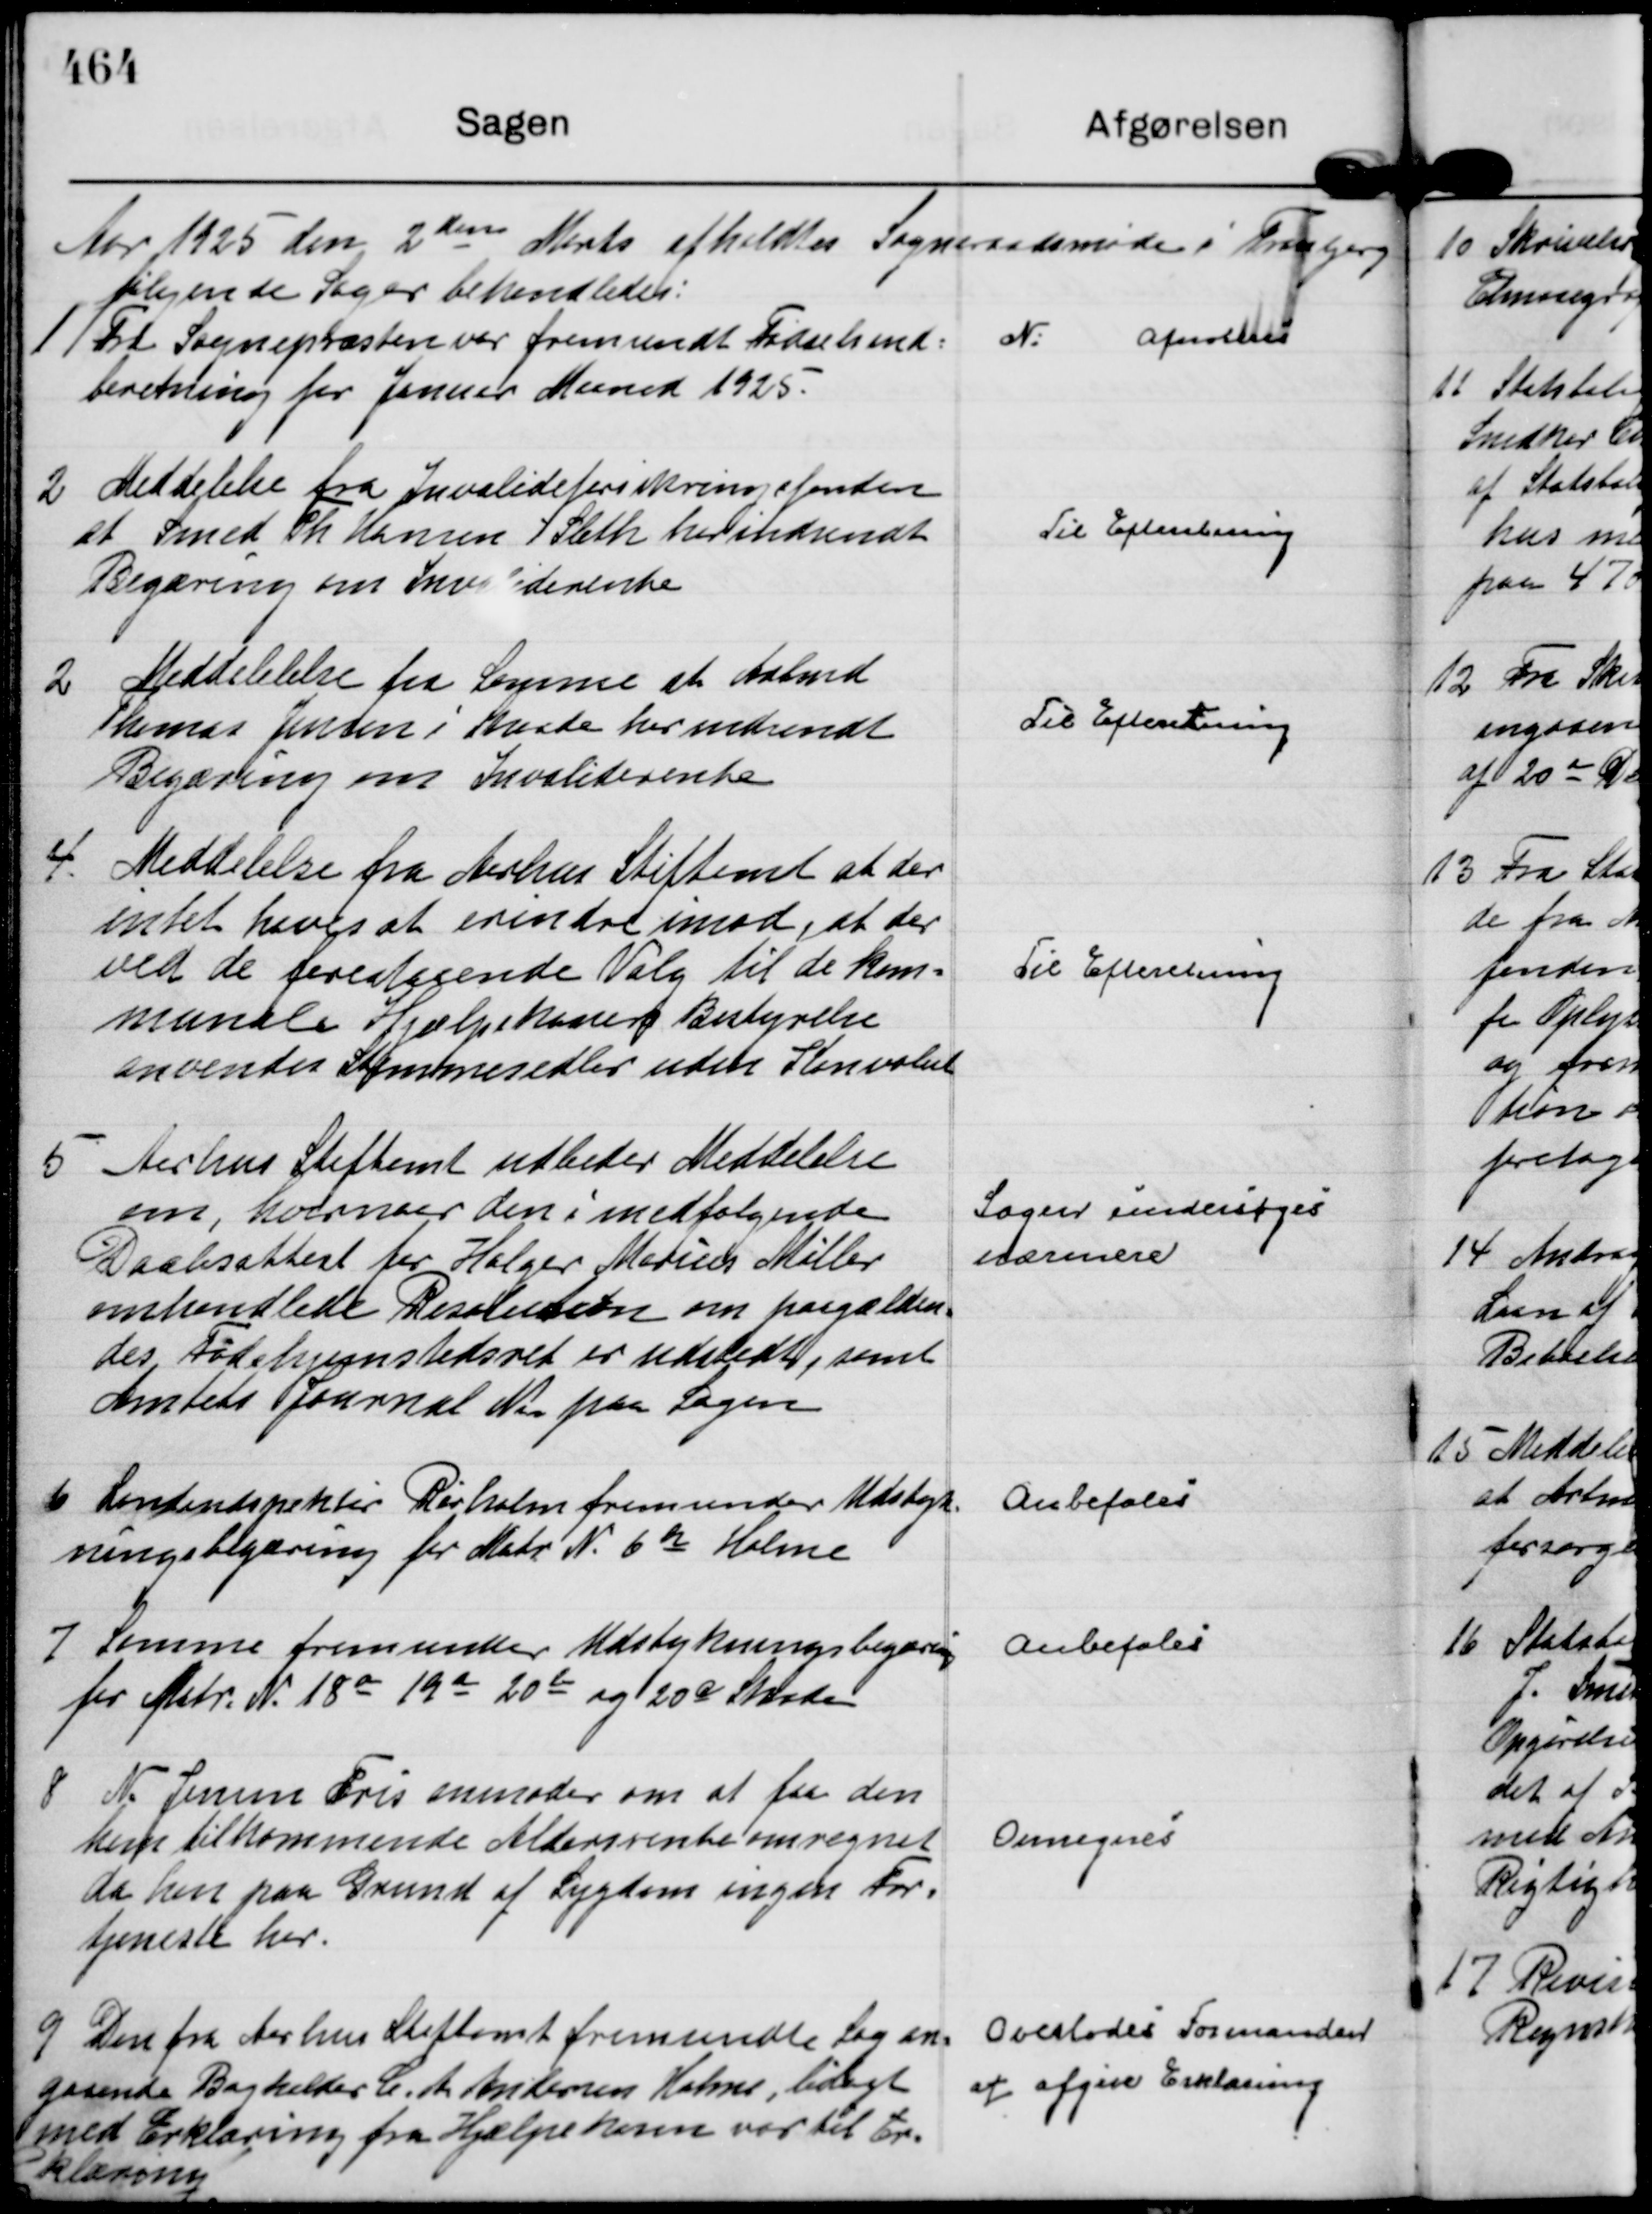
Transskription:
Aar 1925 den 2 den Marts afholdtes Sogneraadsmøde i Tranbjerg
følgende Sager behandledes:

1
Fra Sognepræsten var fremsendt Fødselsind=
beretning for Januar Maaned 1925.

N:
afnoteres

2
Meddelelse fra Invalideforsikringsfonden
at Smed Th Hansen Sleth har indsendt
Begæring om Invaliderente

Til Efteretning

2
Meddelelse fra Samme at Arbmd
Thomas Jensen i Skaade har indsendt
Begæring om Invaliderente

Til Efteretning

4.
Meddelelse fra Aarhus Stiftamt at der
intet haves at erindre imod, at der
ved de forestaaende Valg til de kom=
munale Hjælpekassers Bestyrelse
anvendes Stemmesedler uden Konvolut

Til Efteretning

5
Aarhus Stiftamt udbeder Meddelelse
om, hvornaar den i medfølgende
Daabsattest for Holger Marius Møller
omhandlede Resolution om paagælden=
des Fødehjemstedsret er udstedt, samt
Amtets Journal Nr paa Sagen

Sagen undersøges
nærmere

6
Landindspektør Rørholm fremsender Udstyk=
ningsbegæring for Matr N. 6 h Holme

Anbefales

7
Samme fremsender Udstykningsbegæring
for Matr. N. 18 o 19 a 20 b og 20 c Skaade

Anbefales

8
N. Jensen Fris anmoder om at faa den
ham tilkommende Aldersrente omregnet
da han paa Grund af Sygdom ingen For=
tjeneste har.

Omregnes

9
Den fra Aarhus Stiftamt fremsendte Sag an=
gaaende Bogholder C. A Andersen Holme, bilagt
med Erklæring fra Hjælpekasen var til Er=
klæring

Overlodes Formanden
at afgive Erklæring